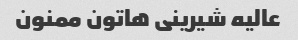
عالیه شیرینی هاتون ممنون